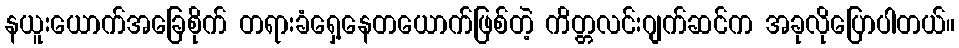
နယူးယောက်အခြေစိုက် တရားခံရှေ့နေတယောက်ဖြစ်တဲ့ ကိတ္တလင်းဂျက်ဆင်က အခုလိုပြောပါတယ်။